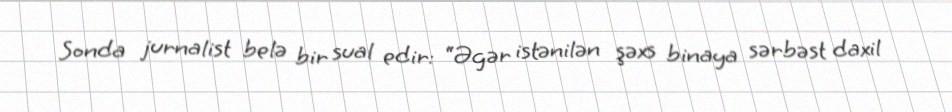
Sonda jurnalist belə bir sual edir: “Əgər istənilən şəxs binaya sərbəst daxil